system: You are a helpful assistant.
user:
Analyze the provided spectrum to determine if it is a **S-type Star**.

- **Key Indicators for S-type Star:**

    - **(Overall Spectrum Shape):** The first and most obvious characteristic is the overall continuum (the "baseline" shape). It is **extremely "red-sloping,"** meaning the flux (light intensity) is very low on the left side (blue, ~4000-4500 Å) and rises steeply and continuously toward the right side (red, ~7000 Å+).

    - **(Primary):** The spectrum is defined by the presence of strong, broad molecular absorption "valleys" (bands) from **Zirconium Oxide (ZrO)**. The identification of these bands is the **primary requirement** for classifying a star as S-type.
        - **(Key Bandheads):** You must find distinct, deep "dips" where the light has been absorbed. The most critical band systems to locate are:
            - **~6474 Å** ($\gamma$-system): This is often the strongest and clearest ZrO feature, found in the red part of the spectrum.
            - **~5718 Å** & **~5551 Å** ($\beta$-system): A pair of prominent absorption features in the yellow-orange part of the spectrum.
            - **~4640 Å** ($\alpha$-system): A key absorption band system in the blue-green region of the spectrum.

    - **(Secondary Confirmation):** The classification is strengthened by finding additional absorption bands from other related heavy element oxides, which are expected to be present alongside ZrO.
        - **(Key Bandheads):**
            - **Yttrium Oxide (YO):** Look for absorption dips near **~4800 Å** and **~6100 Å**.
            - **Lanthanum Oxide (LaO):** Additional absorption features, particularly in the red-orange part of the spectrum, are also characteristic.

    - **(Line Profile):** The combination of the steep red continuum and these numerous, deep molecular bands (ZrO, YO, etc.) gives the entire spectrum a very **"chopped-up"** or **"bumpy"** appearance. Instead of a smooth curve, the spectrum looks as though large, wide chunks of light have been "carved out" of it at the specific wavelengths listed above.

Think first, call **spectral_visualization_tool** if needed to examine features in detail, then provide your final answer. Your response must adhere to the following strict rules:
1.  **Overall Structure:** Your response must follow the format `<think>...</think> <tool_call>...</tool_call> (if a tool is used) <answer>...</answer>`.
2.  **Tool Usage Constraint:** You may only make **one** tool call per turn.
3.  **Final Answer Format:** In the `<answer>` tag, your conclusion must be inside a `\boxed{}` command (e.g., `\boxed{YES}` or `\boxed{NO}`), followed by your justification.

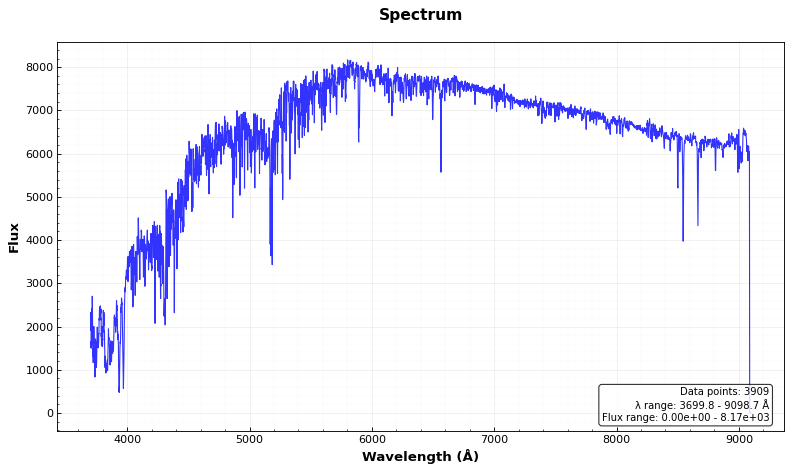
Answer: NO